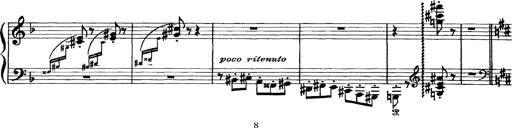
Title: Scherzo und Marsch
Composer: Franz Liszt